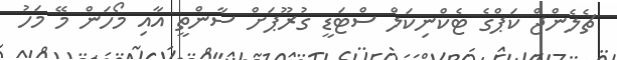
ޗެލެންޖް ކަޕްގެ ޓެކްނިކަލް ސްޓަޑީ ގުރޫޕަށް ސާންތީ އާއި މޯހަން މޭ މަހު